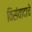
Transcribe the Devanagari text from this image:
विसंवादाचे